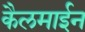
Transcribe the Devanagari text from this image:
कैलमाईन